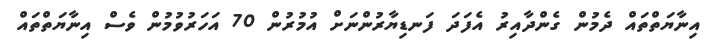
އިނާޔަތްތައް ދެމުން ގެންދާއިރު އެފަދަ ފަނޑިޔާރުންނަށް އުމުރުން 70 އަހަރުވުމުން ވެސް އިނާޔަތްތައް